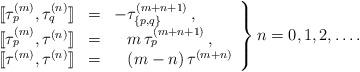
LaTeX: \begin{align*}\left.\begin{array}{rcl}{[\![} \tau_p^{(m)} , \tau_q^{(n)} {]\!]} & = &-\tau_{\{p,q\}}^{(m+n+1)}\,, \\{[\![} \tau_p^{(m)} , \tau^{(n)} {]\!]} & = &\phantom{-}m\,\tau_{p}^{(m+n+1)}\,, \\{[\![} \tau^{(m)} , \tau^{(n)} {]\!]} & = &\phantom{-} (m-n)\,\tau^{(m+n)}\end{array}\right\}n=0,1,2,\ldots .\end{align*}